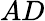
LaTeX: AD